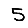
Digit: 5